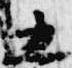
五